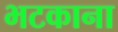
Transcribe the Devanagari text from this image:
भटकाना